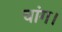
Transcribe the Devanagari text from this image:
चांग।